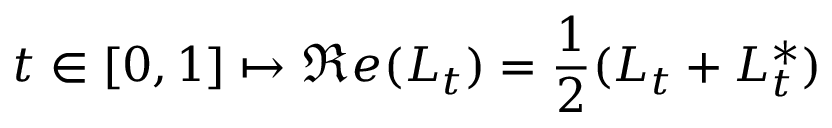
t \in [ 0 , 1 ] \mapsto \Re e ( L _ { t } ) = \frac { 1 } { 2 } ( L _ { t } + L _ { t } ^ { * } )